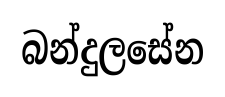
බන්දුලසේන